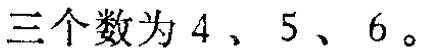
三个数为 \(4\)、\(5\)、\(6\)。